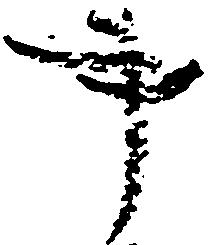
事